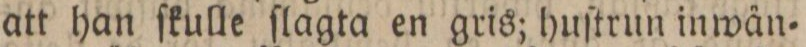
att han ſkulle ſlagta en gris; huſtrun inwän=